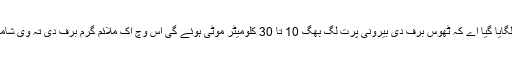
اندازہ لگایا گیا اے کہ ٹھوس برف دی بیرونی پرت لگ بھگ 10 تا 30 کلومیٹر موٹی ہوئے گی اس وچ اک ملائم گرم برف دی تہ وی شامل ا‏‏ے۔